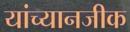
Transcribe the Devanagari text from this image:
यांच्यानजीक